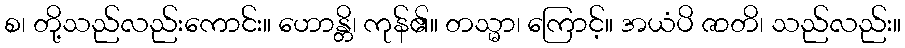
စ၊ တို့သည်လည်းကောင်း။ ဟောန္တိ၊ ကုန်၏။ တသ္မာ၊ ကြောင့်။ အယံပိ ဇာတိ၊ သည်လည်း။